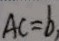
A C = b ,